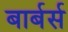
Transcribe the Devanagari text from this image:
बार्बर्स